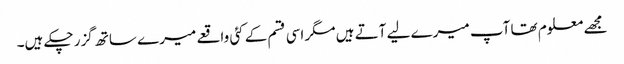
مجھے معلوم تھا آپ میرے لیے آتے ہیں مگر اسی قسم کے کئی واقعے میرے ساتھ گزر چکے ہیں۔